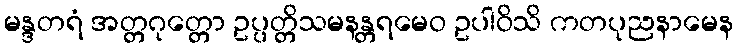
မန္ဒတရံ အတ္တဂုတ္တော ဥပ္ပတ္တိသမနန္တရမေဝ ဥပါဝိသိ ကတပုညနာမေန